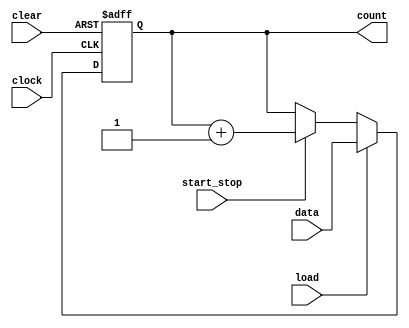
module counter (clear, clock, load, start_stop, count, data);
  input [6:0] data;
  output [6:0] count;
  input start_stop;
  input load;
  input clock;
  input clear;
  reg [6:0] count;
  
  always @(posedge clock or posedge clear)
   if (clear) count <= 0;
    else if (load) count <= data;
              else if (start_stop) count <= count + 1;
endmodule